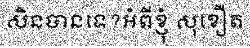
សិនបានទេ?អំពីខ្ញុំ សុខឿត